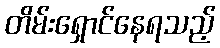
တိမ်းရှောင်နေရသည့်